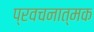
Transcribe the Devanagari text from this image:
प्रवचनात्मक